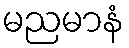
မညမာနံ